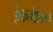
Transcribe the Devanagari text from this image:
इंफर्मेशन